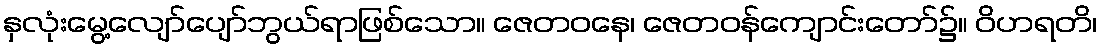
နှလုံးမွေ့လျော်ပျော်ဘွယ်ရာဖြစ်သော။ ဇေတဝနေ၊ ဇေတဝန်ကျောင်းတော်၌။ ဝိဟရတိ၊